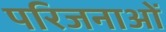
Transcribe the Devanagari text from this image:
परिजनाओं